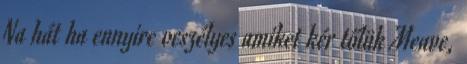
Na hát ha ennyire veszélyes amiket kér tőlük Meave,